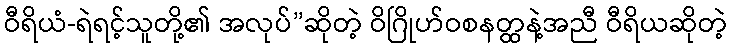
ဝီရိယံ-ရဲရင့်သူတို့၏ အလုပ်”ဆိုတဲ့ ဝိဂြိုဟ်ဝစနတ္ထနဲ့အညီ ဝီရိယဆိုတဲ့